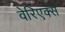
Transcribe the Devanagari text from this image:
वेरिएक्स